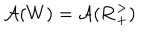
LaTeX: \mathcal { A } ( W ) = \mathcal { A } ( \mathbf { R } _ { + } ^ { > } )